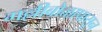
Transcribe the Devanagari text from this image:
गल्लीबोळापासून